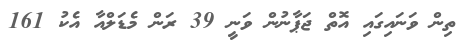
ތިން ވަނައިގައި އޮތް ޖަޕާނުން ވަނީ 39 ރަން މެޑަލްއާ އެކު 161